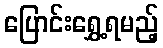
ပြောင်းရွှေ့ရမည့်